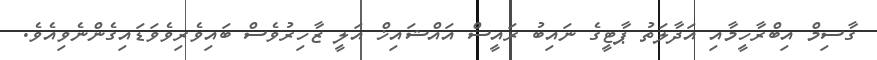
ގާސިމް އިބްރާހީމާއި އަދާލަތު ޕާޓީގެ ނައިބު ރައީސް އައްޝައިޚް އަލީ ޒާހިރުވެސް ބައިވެރިވެވަޑައިގެންނެވިއެވެ.